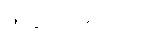
အနည်းဆုံးတော့